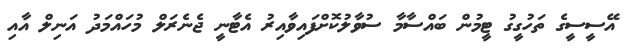
އޭސީސީގެ ތަހުގީގު ޓީމުން ބައްސާމާ ސުވާލުކޮށްފައިވާއިރު އެޓާނީ ޖެނެރަލް މުހައްމަދު އަނިލް އާއި